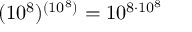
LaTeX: ( 1 0 ^ { 8 } ) ^ { ( 1 0 ^ { 8 } ) } = 1 0 ^ { 8 \cdot 1 0 ^ { 8 } }